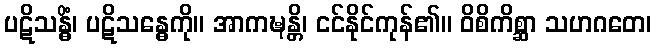
ပဋိသန္ဓိံ၊ ပဋိသန္ဓေကို။ အာကဍ္ဎန္တိ၊ ငင်နိုင်ကုန်၏။ ဝိစိကိစ္ဆာ သဟဂတေ၊